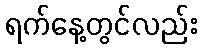
ရက်နေ့တွင်လည်း